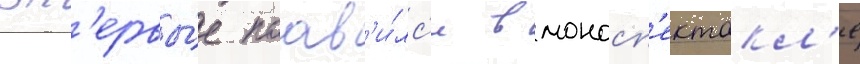
вп'ервы́е поав'и́лс'я в моносп'ектакл'е